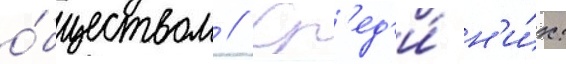
о́бществом // Ср'ед'и́ н'и́х: